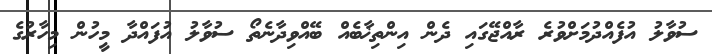
ސުވާލު އުފެއްދުމަށްވުރެ ރާއްޖޭގައި ދެން އިންތިޚާބެއް ބޭއްވިދާނެތޯ ސުވާލު އުފައްދާ މީހުން މިހާރުގެ